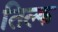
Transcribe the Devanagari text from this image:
तिल्क